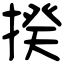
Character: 揆